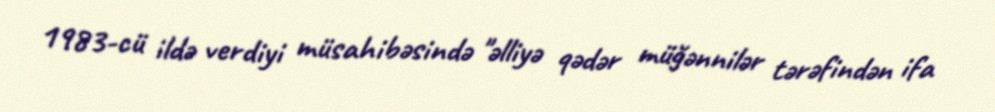
1983-cü ildə verdiyi müsahibəsində "əlliyə qədər müğənnilər tərəfindən ifa